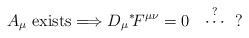
\begin{align*}A_\mu {\rm \ exists} \Longrightarrow D_\mu \mbox{}^*\! F^{\mu\nu} =0\ \ \stackrel{?}{\cdots} \ \ ?\end{align*}